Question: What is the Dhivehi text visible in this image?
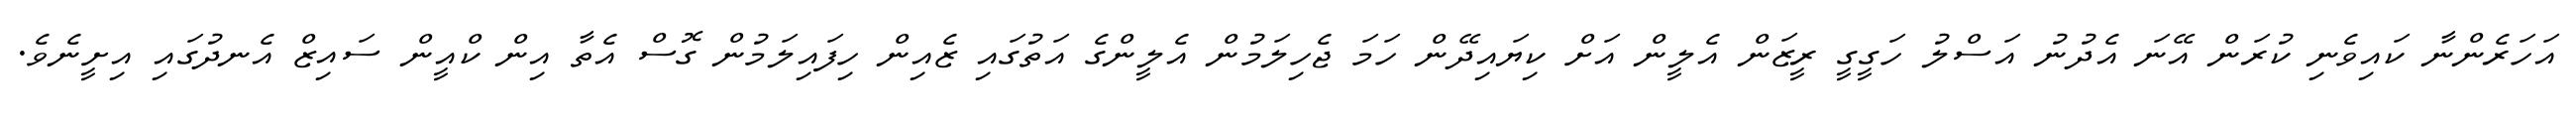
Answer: އަހަރެންނާ ކައިވެނި ކުރަން އޭނަ އެދުނު އަސްލު ހަގީގީ ރީޒަން އެލީން އަށް ކިޔައިދޭން ހަމަ ޖެހިލަމުން އެލީންގެ އަތުގައި ޒެއިން ހިފައިލަމުން ގޮސް އެތާ އިން ކްއީން ސައިޒް އެނދުގައި އިށީނެވެ.